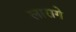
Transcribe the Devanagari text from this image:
लारागे